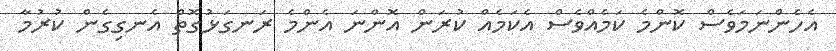
އެހެންނަމަވެސް ކޮންމެ ކަމެއްވެސް އެކަމެއް ކުރަން އޮންނަ އެންމެ ރަނގަޅުގޮތް އެނގިގެން ކުރުމާ